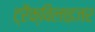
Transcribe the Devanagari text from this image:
ट्रैक्विलाइजर